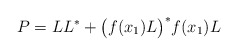
\begin{align*}P=LL^*+\big(f(x_1)L\big)^*f(x_1)L\end{align*}